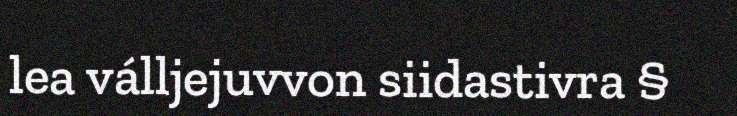
lea válljejuvvon siidastivra §